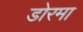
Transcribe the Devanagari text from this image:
डोरमा